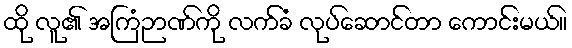
ထို လူ၏ အကြံဉာဏ်ကို လက်ခံ လုပ်ဆောင်တာ ကောင်းမယ်။